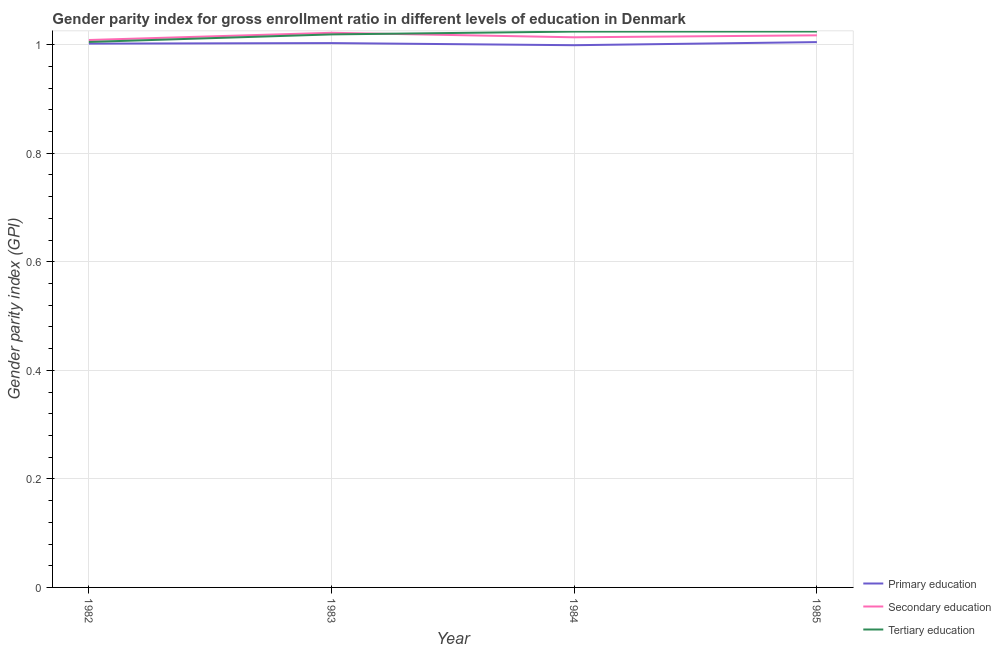
| Year | Primary education | Secondary education | Tertiary education |
 | --- | --- | --- | --- |
 | 1982 | 1 | 1.01 | 1 |
 | 1983 | 1 | 1.02 | 1.02 |
 | 1984 | 0.999 | 1.01 | 1.02 |
 | 1985 | 1 | 1.02 | 1.02 |